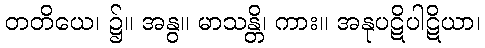
တတိယေ၊ ၌။ အနွ။ မာသန္တိ၊ ကား။ အနုပဋိပါဋိယာ၊